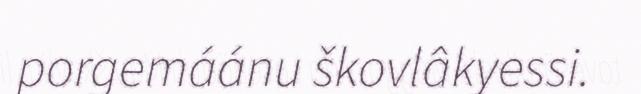
porgemáánu škovlâkyessi.